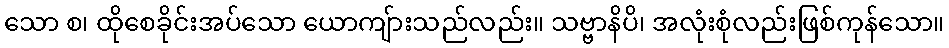
သော စ၊ ထိုစေခိုင်းအပ်သော ယောကျ်ားသည်လည်း။ သဗ္ဗာနိပိ၊ အလုံးစုံလည်းဖြစ်ကုန်သော။